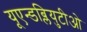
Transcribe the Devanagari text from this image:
यूएन्डब्लियुटीओ